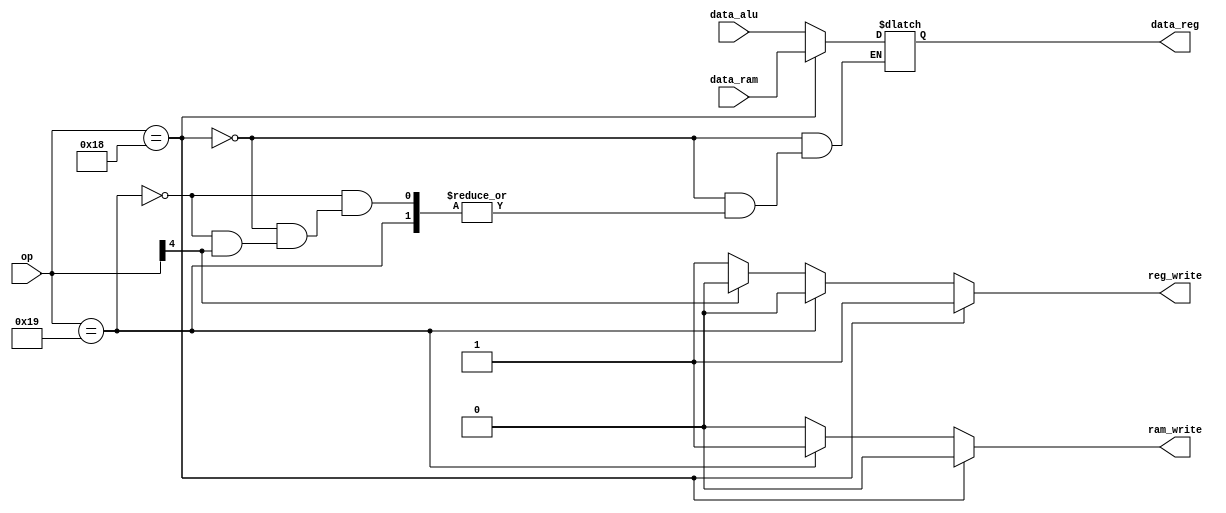
module MemoryControl (
	input [4:0] op,
	input [31:0] data_alu,
	input [31:0] data_ram,
	output reg [31:0] data_reg,
	output reg reg_write, ram_write
	);

	always @ (*)
	begin
		reg_write = 0;
		ram_write = 0;
	
		if ( op == 5'b11000) // Load
		begin
			reg_write = 1;
			data_reg = data_ram;
		end
		
		else if (op == 5'b11001) // Store
			ram_write = 1 ;
		
		else if (op[4] == 0)// All ALU operations
		begin
			reg_write = 1;
			data_reg = data_alu;
		end
	end

endmodule